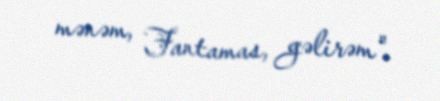
mənəm, Fantamas, gəlirəm".